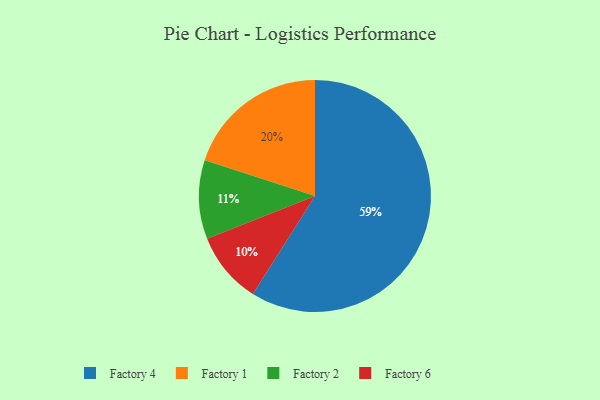
{"axis": {"x": "Category", "y": "Percentage"}, "legend": ["Factory 1", "Factory 2", "Factory 4", "Factory 6"], "data": [{"x": "Factory 4", "y": 59, "type": "Factory 4"}, {"x": "Factory 1", "y": 20, "type": "Factory 1"}, {"x": "Factory 2", "y": 11, "type": "Factory 2"}, {"x": "Factory 6", "y": 10, "type": "Factory 6"}]}